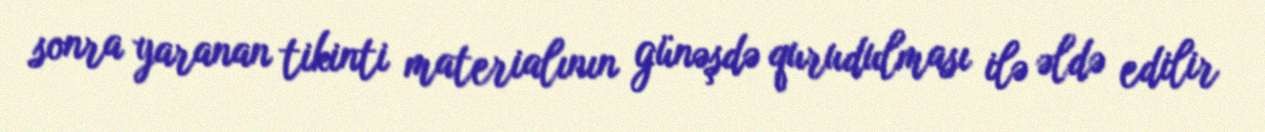
sonra yaranan tikinti materialının günəşdə qurudulması ilə əldə edilir